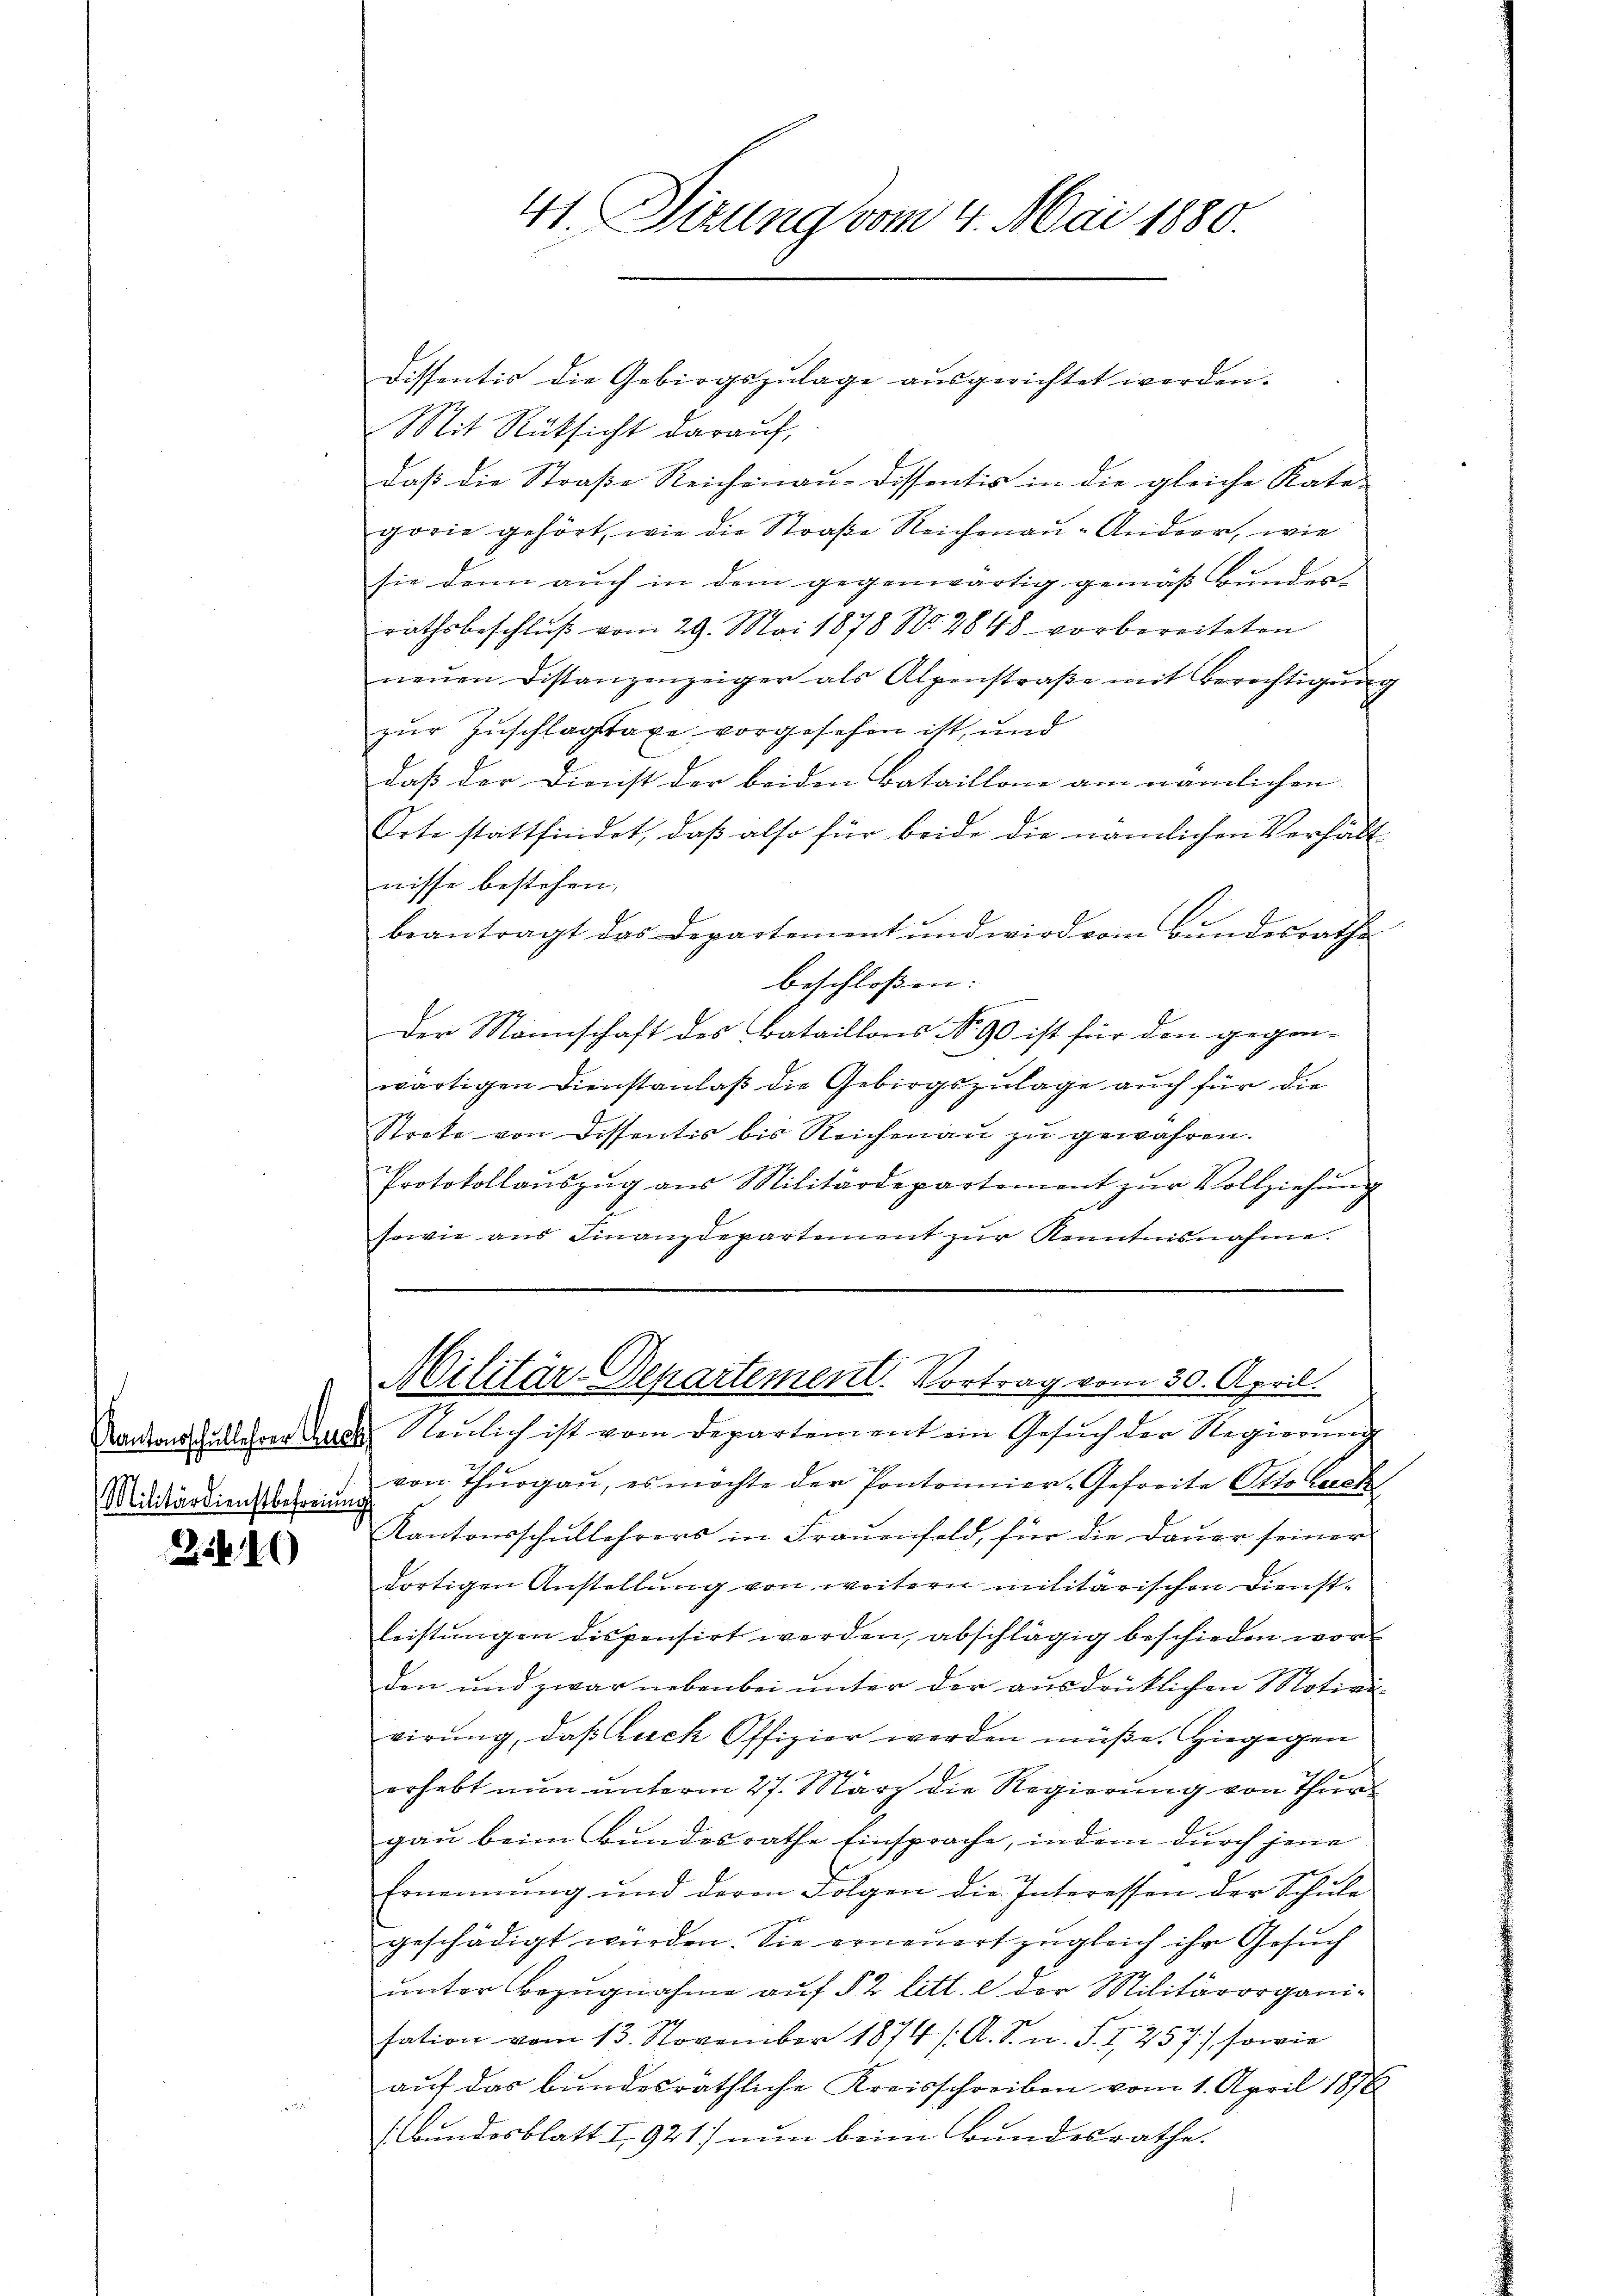
Kantonsschullehrer Aus

24.10

41. Sizung vom 4. Mai 1880.

Dissentis die Gebirgszulage ausgerichtet werden.
Mit Rüksicht darauf,
daß die Straße Reichenau-Dissentis in die gleiche Kate-
gorie gehört, wie die Straße Reichenau-Ander, wie
sie dann auch in dem gegenwärtig gemäß Bunderrathsbeschluß vom 29. Mai 1878 No. 2848 vorbereiteten
neŭen Distanzenzeiger als Alpenstraβe mit Berechtigŭng
zur Zuschlagstaxe vorgesehen ist, und
daß der Dienst der beiden Bataillone am nämlichen
Orte stattfindet, daß also für beide die nämlichen Verhält
nisse bestehen,
beantragt das Departement und wird vom Bundesrathe
beschloßen:
Der Mannschaft des Bataillons No. 90 ist für den gegen-
wärtigen Dienstanlaß die Gebirgszulage auch für die
Streke von Dissentis bis Reichenau zu gewähren.
Protokollaŭszŭg ans Militärdepartement zŭr Vollziehŭng
E
sowie aus Finanzdepartement zur Kenntnisnahme.

Militär-Departement. Vortrag vom 30. April.

Neŭlich ist vom Departement ein Gesŭch der Regierŭng
ddidiardienstbereine von Thŭrgaŭ, es möchte der Pontonnier-Gefreite Otto luck
Kantonsschullehrers in Fraŭenfeld, für die Daŭer seiner
dortigen Anstellung von weitern militärischen Dienstleistŭngen dispensirt werden, abschlägig beschieden worden und zwar nebenbei ŭnter der ausdrücklichen Motivi-
virung, daß Euch Offizier werden müße. Hiegegen
e
erhebt nun unterm 27. März die Regierung von Thur
gau beim Bundesrathe Einsprache, indem durch jene
Ernennung und deren Folgen die Interessen der Schŭle
geschädigt wurden. Sie erneuert zugleich ihr Gesuch
unter Bezugnahme auf § 2 litt. e der Militärorganisation vom 13. November 1874 /A. S. u. S. 1257), sowie
auf das bundesräthliche Kreisschreiben vom 1. April 1876
(Bundesblatt I 921) nun beim Bundesrathe.